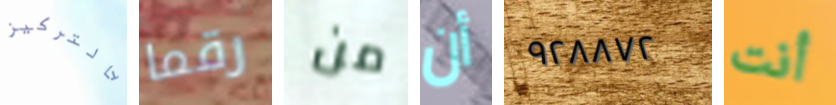
بالتركيز رقما من أن ٩٢٨٨٧٢ أنت